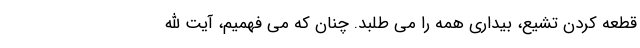
قطعه کردن تشیع، بیداری همه را می طلبد. چنان که می فهمیم، آیت الله